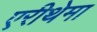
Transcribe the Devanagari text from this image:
एरीथेमा